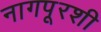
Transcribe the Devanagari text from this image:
नागपूरशी